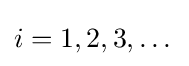
i=1,2,3,\dots